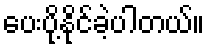
ပေးပို့နိုင်ခဲ့ပါတယ်။